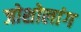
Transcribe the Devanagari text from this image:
जोशोलांग